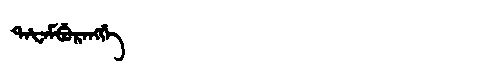
Manchu: ᡨᠠᡶᠠᠮᠪᡠᡵᠠᠩᡤᡝ
Romanization: TAFAMBURANGGE